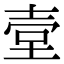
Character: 𡔪